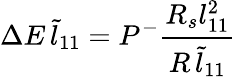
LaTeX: \Delta E\, \tilde{l}_{11}=P^{-}\frac{R_{s}{l}_{11}^{2}}{R\, \tilde{l}_{11}}